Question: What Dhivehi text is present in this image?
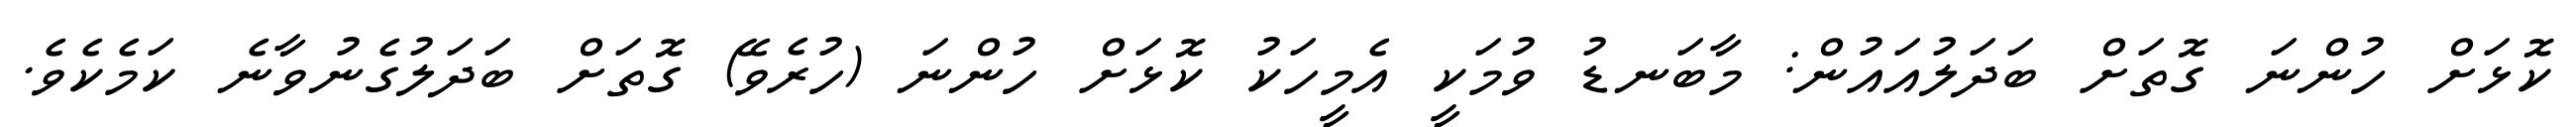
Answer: ކޮޅަށް ހުންނަ ގޮތަށް ބަދަލުއައުން: މާބަނޑު ވުމަކީ އެމީހަކު ކޮޅަށް ހުންނަ (ހުރެވޭ) ގޮތަށް ބަދަލުގެނުވާނެ ކަމެކެވެ.